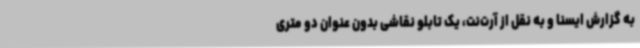
به گزارش ایسنا و به نقل از آرت‌نت، یک تابلو نقاشی بدون عنوان دو متری